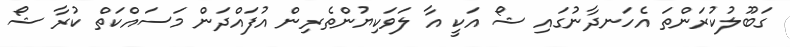
ގަބޫލުކުރަންތަ އެހަނދާނުގައި ޝޯ އަކީ އާ ލަވަކިޔުންތެރިން އުފައްދަން މަސައްކަތް ކުރާ ޝޯ